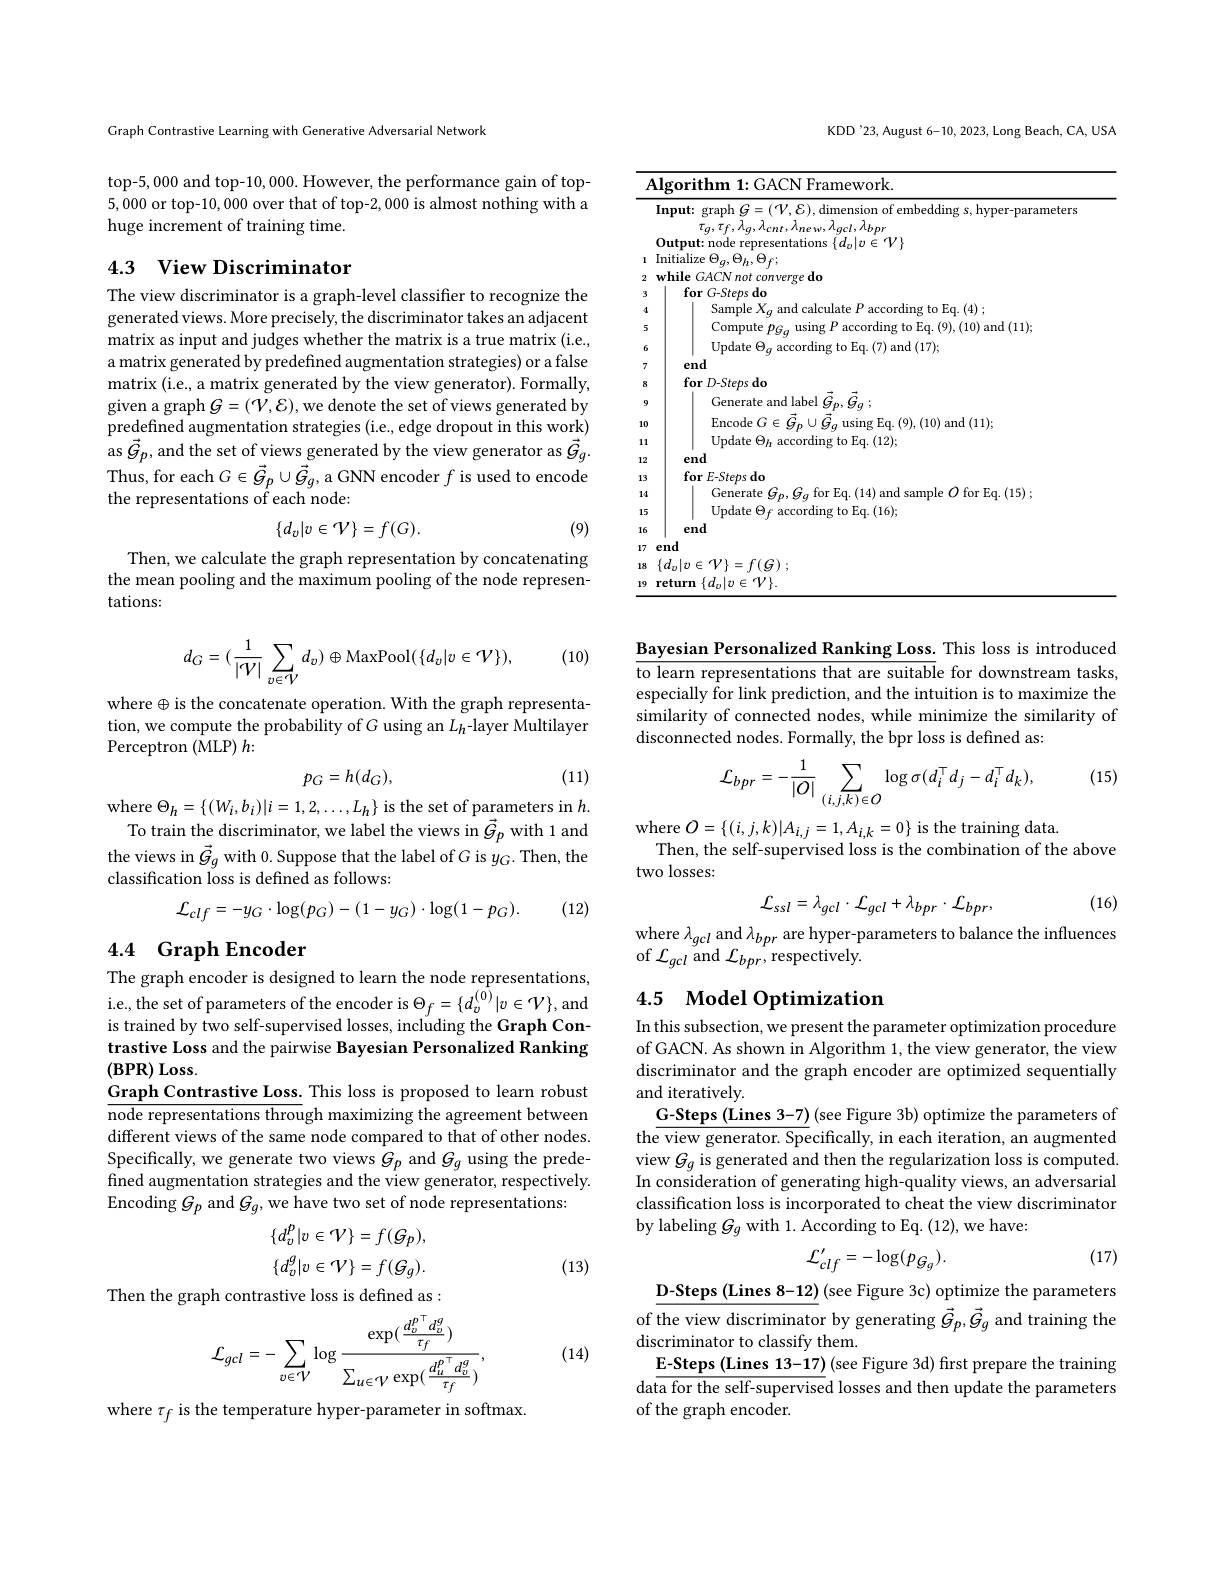
Graph Contrastive Learning with Generative Adversarial Network

top-5,000 and top-10,000. However, the performance gain of top- 5,000 or top-10, 000 over that of top-2, 000 is almost nothing with a huge increment of training time.

## 4.3 View Discriminator

The view discriminator is a graph-level classifier to recognize the generated views. More precisely, the discriminator takes an adjacent matrix as input and judges whether the matrix is a true matrix (i.e., a matrix generated by predefined augmentation strategies) or a false matrix (i.e., a matrix generated by the view generator). Formally, given a graph $G=(\mathcal V,\mathcal{E})$, we denote the set of views generated by predefined augmentation strategies (i.e, edge dropout in this work) $\operatorname{as}\vec{G}_{p}$,and the set of views generated by the view generator as $\vec{G}_{g}^{\prime}.$ Thus, for each $G\in\vec{G}_p\cup\vec{G}_g$, a GNN encoder $f$ is used to encode the representations of each node:
$$\{d_v|v\in\mathcal{V}\}=f(G).$$
(9)

Then, we calculate the graph representation by concatenating the mean pooling and the maximum pooling of the node representations:

(10)
$$d_G=(\frac{1}{|\mathcal{V}|}\sum_{v\in\mathcal{V}}d_v)\oplus\mathrm{MaxPool}(\{d_v|v\in\mathcal{V}\}),$$
where $\oplus$ is the concatenate operation. With the graph representation, we compute the probability of $G$ using an $L_{h}$-layer Multilayer Perceptron (MLP) $h:$
$$p_G=h(d_G),$$
(11)

where $\Theta_h=\{(W_{i},b_{i})|i=1,2,\ldots,L_{h}\}$ is the set of parameters in $h.$
To train the discriminator, we label the views in $\vec{G}_p$ with 1 and the views in $\vec{G}_g$ with 0.Suppose that the label of G is $y_G.$ Then, the classification loss is defined as follows:
$$\mathcal{L}_{clf}=-y_{G}\cdot\log(p_{G})-(1-y_{G})\cdot\log(1-p_{G}).$$
(12)

## 4.4 Graph Encoder

The graph encoder is designed to learn the node representations, i.e, the set of parameters of the encoder is $\Theta_f=\{d_v^{(0)}|v\in\mathcal{V}\}$,and is trained by two self-supervised losses, including the Graph Contrastive Loss and the pairwise Bayesian Personalized Ranking $(\mathbf{BPR})$ Loss.
$\underline{\text{Graph Contrastive Loss. This loss is proposed to learn robust}}$ $\overline{\text{node representations through maximizing the agreement between}}$ different views of the same node compared to that of other nodes. Specifically, we generate two views $G_p$ and $G_g$ using the predefined augmentation strategies and the view generator, respectively. Encoding $G_p$ and $G_g$, we have two set of node representations:
$$\{d_{v}^{p}|v\in\mathcal{V}\}=f(\mathcal{G}_{p}),\\\{d_{v}^{g}|v\in\mathcal{V}\}=f(\mathcal{G}_{g}).$$
(13)

Then the graph contrastive loss is defined as :

(14)
$$\mathcal{L}_{gcl}=-\sum_{v\in\mathcal{V}}\log\frac{\exp(\frac{d_{v}^{p\top}d_{v}^{g}}{\tau_{f}})}{\sum_{u\in\mathcal{V}}\exp(\frac{d_{u}^{p\top}d_{v}^{g}}{\tau_{f}})},$$
where $\tau_f$ is the temperature hyper-parameter in softmax.

KDD'23, August 6-10, 2023, Long Beach, CA, USA

<table>
	<tbody>
		<tr>
			<td>1</td>
			<td>${\mathrm{mework}}$</td>
		</tr>
		<tr>
			<td> </td>
			<td>$\textbf{nput: graph }G= ( \mathcal{V} , \mathcal{E} ) $,dimension of embedding s, hyper-paramete $\tau_{g},\tau_{f},\lambda_{g},\lambda_{cnt},\lambda_{ne\:w},\lambda_{gcl},\lambda_{bpr}$ $\bar{\text{nitialize }\Theta_{g},\Theta_{h},\Theta_{f}};$ ${\mathrm{Output: ~node~representations~}}\{ d_{v}| v\in \mathcal{V} \}$</td>
		</tr>
	</tbody>
</table>

Bayesian Personalized Ranking Loss. This loss is introduced $\overline{\text{to learn representations that are suitable for downstream tasks,}}$ especially for link prediction, and the intuition is to maximize the similarity of connected nodes, while minimize the similarity of disconnected nodes. Formally, the bpr loss is defined as:

(15)
$$\mathcal{L}_{bpr}=-\frac{1}{|O|}\sum_{(i,j,k)\in O}\log\sigma(d_{i}^{\top}d_{j}-d_{i}^{\top}d_{k}),$$
where $O=\{(i,j,k)|A_{i,j}=1,A_{i,k}=0\}$ is the training data.
Then, the self-supervised loss is the combination of the above
two losses:

(16)
$$\mathcal{L}_{ssl}=\lambda_{gcl}\cdot\mathcal{L}_{gcl}+\lambda_{bpr}\cdot\mathcal{L}_{bpr},$$
where $\lambda_{gcl}$ and $\lambda_bpr$ are hyper-parameters to balance the influences

of $\mathcal{L}_{gcl}$ and $\mathcal{L}_{bpr}$,respectively

## 4.5 Model Optimization

In this subsection, we present the parameter optimization procedure of GACN. As shown in Algorithm 1, the view generator, the view discriminator and the graph encoder are optimized sequentially and iteratively.
G-Steps (Lines 3-7) (see Figure 3b) optimize the parameters of the view generator. Specifically, in each iteration, an augmented $\begin{array}{l}\mathrm{view~}G_{g}\text{ is generated and then the regularization loss is computed}\\\mathrm{In~consideration~of~generating~high-quality~views,~an~adversarial}\end{array}$ classification loss is incorporated to cheat the view discriminator by labeling $G_g$ with 1. According to Eq. (12), we have:

(17)
$$\mathcal{L}_{clf}^{\prime}=-\log(p_{G_{g}}).$$
D-Steps (Lines 8-12) (see Figure 3c) optimize the parameters of the view discriminator by generating $\vec{G}_p,\vec{G}_g$ and training the discriminator to classify them
E-Steps (Lines 13-17) (see Figure 3d) first prepare the training data for the self-supervised losses and then update the parameters of the graph encoder.